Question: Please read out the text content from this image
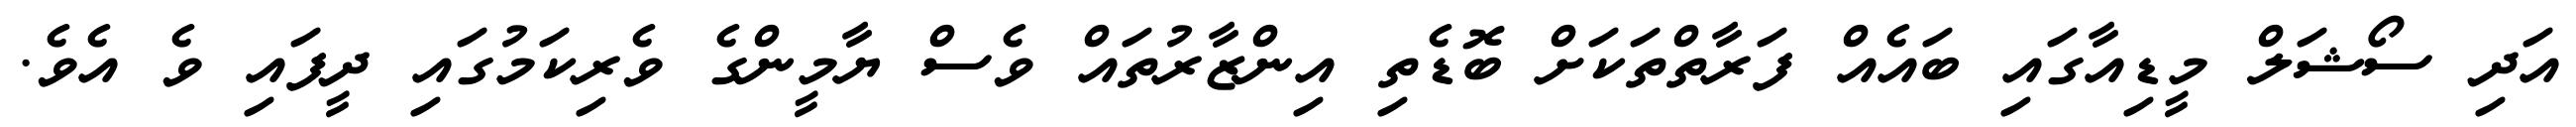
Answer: އަދި ސޯޝަލް މީޑިއާގައި ބައެއް ފަރާތްތަކަށް ބޮޑެތި އިންޒާރުތައް ވެސް ޔާމީންގެ ވެރިކަމުގައި ދީފައި ވެ އެވެ.